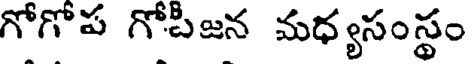
గోగోప గోపిజన మధ్యసంస్థం